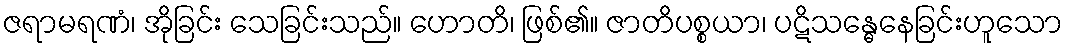
ဇရာမရဏံ၊ အိုခြင်း သေခြင်းသည်။ ဟောတိ၊ ဖြစ်၏။ ဇာတိပစ္စယာ၊ ပဋိသန္ဓေနေခြင်းဟူသော